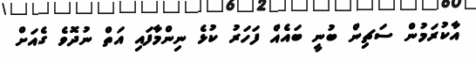
އާކުރަމުން ސަޗިން ބުނީ ބައެއް ފަހަރު ކުޅެ ނިންމާފައި އަތް ނުދޮވެ ގެއަށް